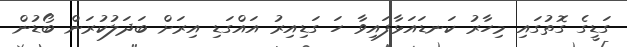
ގަޑީގެ ގޮތުގައި މިހާރު ކަނޑައަޅާފައިވާ ހަ ގަޑިއިރު އައްގަޑި އިރަށް ބަދަލުކުރަން ބޯޑުން